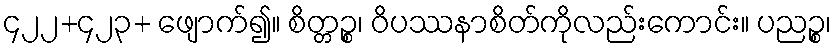
၄၂၂+၄၂၃+ ဖျောက်၍။ စိတ္တဉ္စ၊ ဝိပဿနာစိတ်ကိုလည်းကောင်း။ ပညဉ္စ၊